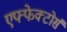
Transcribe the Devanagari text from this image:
एफ्फेक्टोर्स